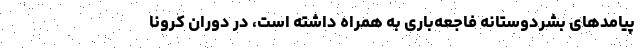
پیامدهای بشردوستانه فاجعه‌باری به همراه داشته است، در دوران کرونا